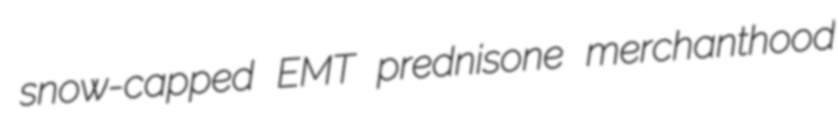
snow-capped EMT prednisone merchanthood